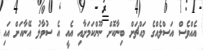
އެއްވެސް އަސްލެއްގެ މައްޗަށް ބިނާކޮށް ނޫންކަމަށާއި އެއީ އެ ސުވާލު އޭނާއަށް އައި